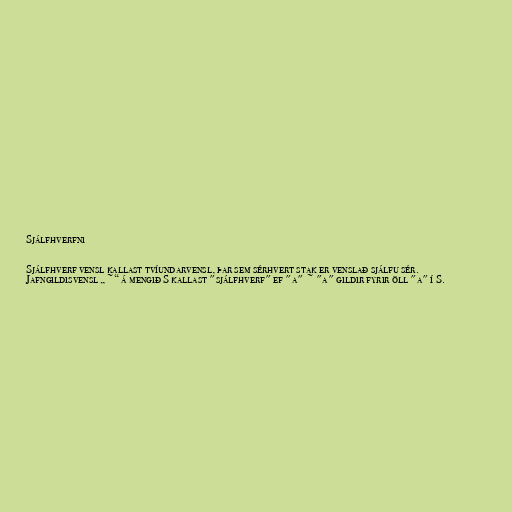
Sjálfhverfni

Sjálfhverf vensl kallast tvíundarvensl, þar sem sérhvert stak er venslað sjálfu sér.
Jafngildisvensl „~“ á mengið S kallast "sjálfhverf" ef "a" ~ "a" gildir fyrir öll "a" í S.